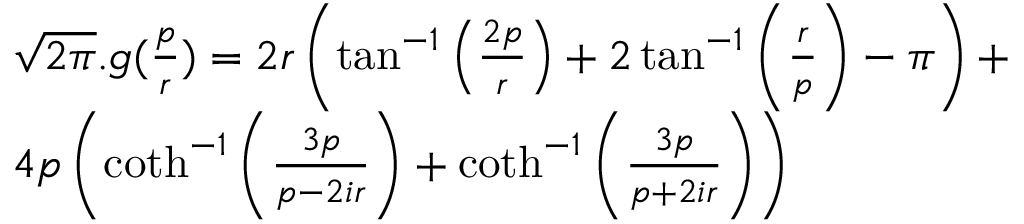
\begin{array} { r l } & { { \sqrt { 2 \pi } } . g ( \frac p r ) = 2 r \left( \tan ^ { - 1 } \left( \frac { 2 p } { r } \right) + 2 \tan ^ { - 1 } \left( \frac { r } { p } \right) - \pi \right) + } \\ & { 4 p \left( \coth ^ { - 1 } \left( \frac { 3 p } { p - 2 i r } \right) + \coth ^ { - 1 } \left( \frac { 3 p } { p + 2 i r } \right) \right) } \end{array}